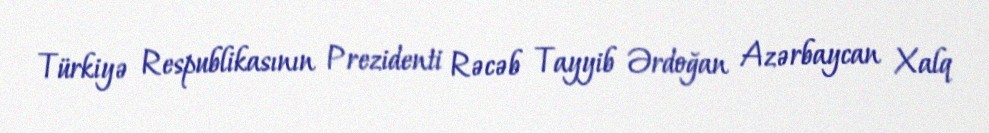
Türkiyə Respublikasının Prezidenti Rəcəb Tayyib Ərdoğan Azərbaycan Xalq